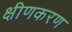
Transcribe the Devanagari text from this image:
क्षीणकरण